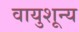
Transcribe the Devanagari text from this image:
वायुशून्य